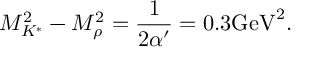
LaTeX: M _ { K ^ { * } } ^ { 2 } - M _ { \rho } ^ { 2 } = \frac { 1 } { 2 \alpha ^ { \prime } } = 0 . 3 \mathrm { G e V } ^ { 2 } .